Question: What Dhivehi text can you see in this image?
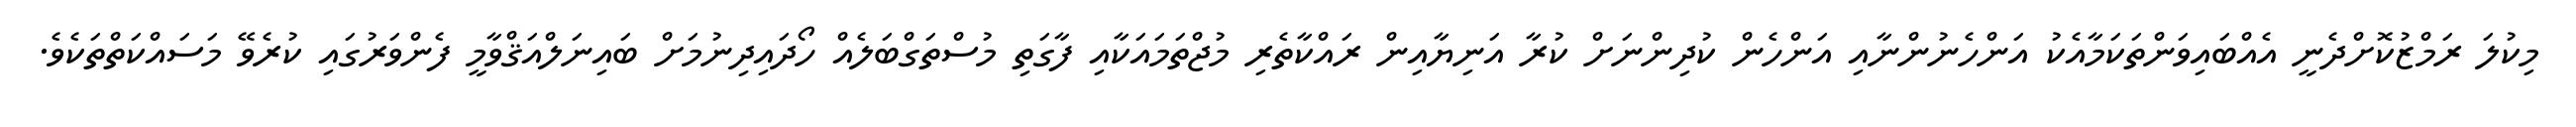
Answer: މިކުލަ ރަމްޒުކޮށްދެނީ އެއްބައިވަންތަކަމާއެކު އަންހެނުންނާއި އަންހެން ކުދިންނަށް ކުރާ އަނިޔާއިން ރައްކާތެރި މުޖްތަމައަކާއި ފާގަތި މުސްތަގްބަލެއް ހޯދައިދިނުމަށް ބައިނަލްއަޤްވާމީ ފެންވަރުގައި ކުރެވޭ މަސައްކަތްތަކެވެ.